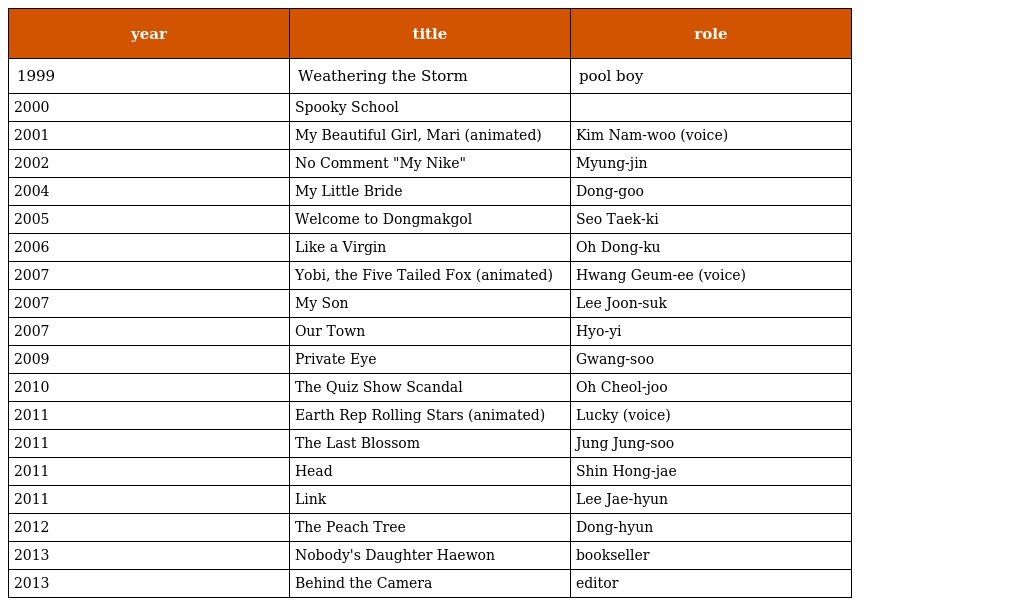
| year | title | role |
 | --- | --- | --- |
 | 1999 | Weathering the Storm | pool boy |
 | 2000 | Spooky School |  |
 | 2001 | My Beautiful Girl, Mari (animated) | Kim Nam-woo (voice) |
 | 2002 | No Comment "My Nike" | Myung-jin |
 | 2004 | My Little Bride | Dong-goo |
 | 2005 | Welcome to Dongmakgol | Seo Taek-ki |
 | 2006 | Like a Virgin | Oh Dong-ku |
 | 2007 | Yobi, the Five Tailed Fox (animated) | Hwang Geum-ee (voice) |
 | 2007 | My Son | Lee Joon-suk |
 | 2007 | Our Town | Hyo-yi |
 | 2009 | Private Eye | Gwang-soo |
 | 2010 | The Quiz Show Scandal | Oh Cheol-joo |
 | 2011 | Earth Rep Rolling Stars (animated) | Lucky (voice) |
 | 2011 | The Last Blossom | Jung Jung-soo |
 | 2011 | Head | Shin Hong-jae |
 | 2011 | Link | Lee Jae-hyun |
 | 2012 | The Peach Tree | Dong-hyun |
 | 2013 | Nobody's Daughter Haewon | bookseller |
 | 2013 | Behind the Camera | editor |